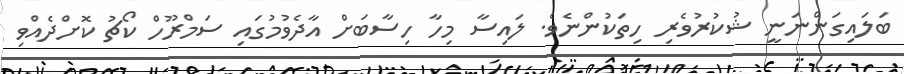
ބަލައިގަންނަނީ ޝުކުރުވެރި ހިތަކުންނެވެ. ލައިސާ މިހާ ހިސާބަށް އާދެވުމުގައި ސަމްރޫހް ކޯޗު ކޮށްދެއްވި